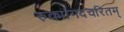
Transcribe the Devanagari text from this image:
रुक्मांगदचरितम्